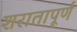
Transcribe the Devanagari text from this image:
शरातापूर्ण